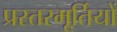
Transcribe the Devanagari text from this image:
प्रस्तरमूर्तियों